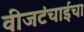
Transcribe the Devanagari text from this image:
वीजटंचाईचा